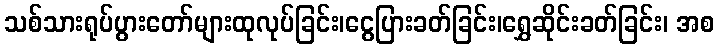
သစ်သားရုပ်ပွားတော်များထုလုပ်ခြင်း၊ငွေပြားခတ်ခြင်း၊ရွှေဆိုင်းခတ်ခြင်း၊ အစ